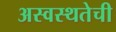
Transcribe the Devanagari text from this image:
अस्वस्थतेची